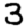
Digit: 3